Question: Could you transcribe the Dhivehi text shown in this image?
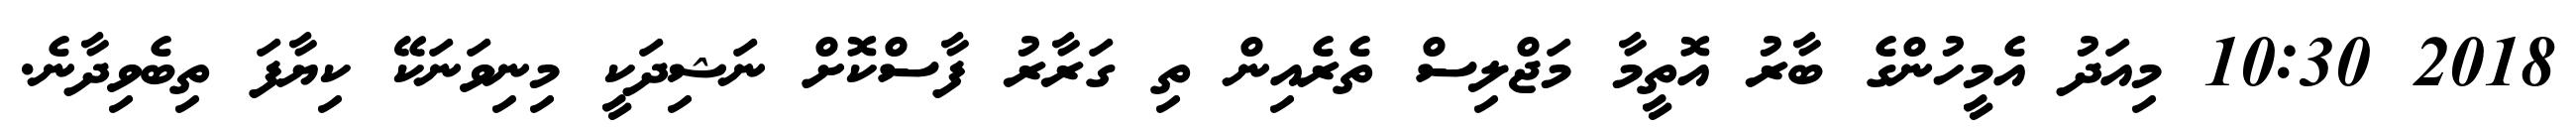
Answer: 2018 10:30 މިއަދު އެމީހުންގެ ބާރު އޮތީމާ މަޖްލިސް ތެރެއިން ތި ގަރާރު ފާސްކޮށް ނަޝިދަކީ މިނިވަނަކޭ ކިޔާފަ ތިބެވިދާނެ.